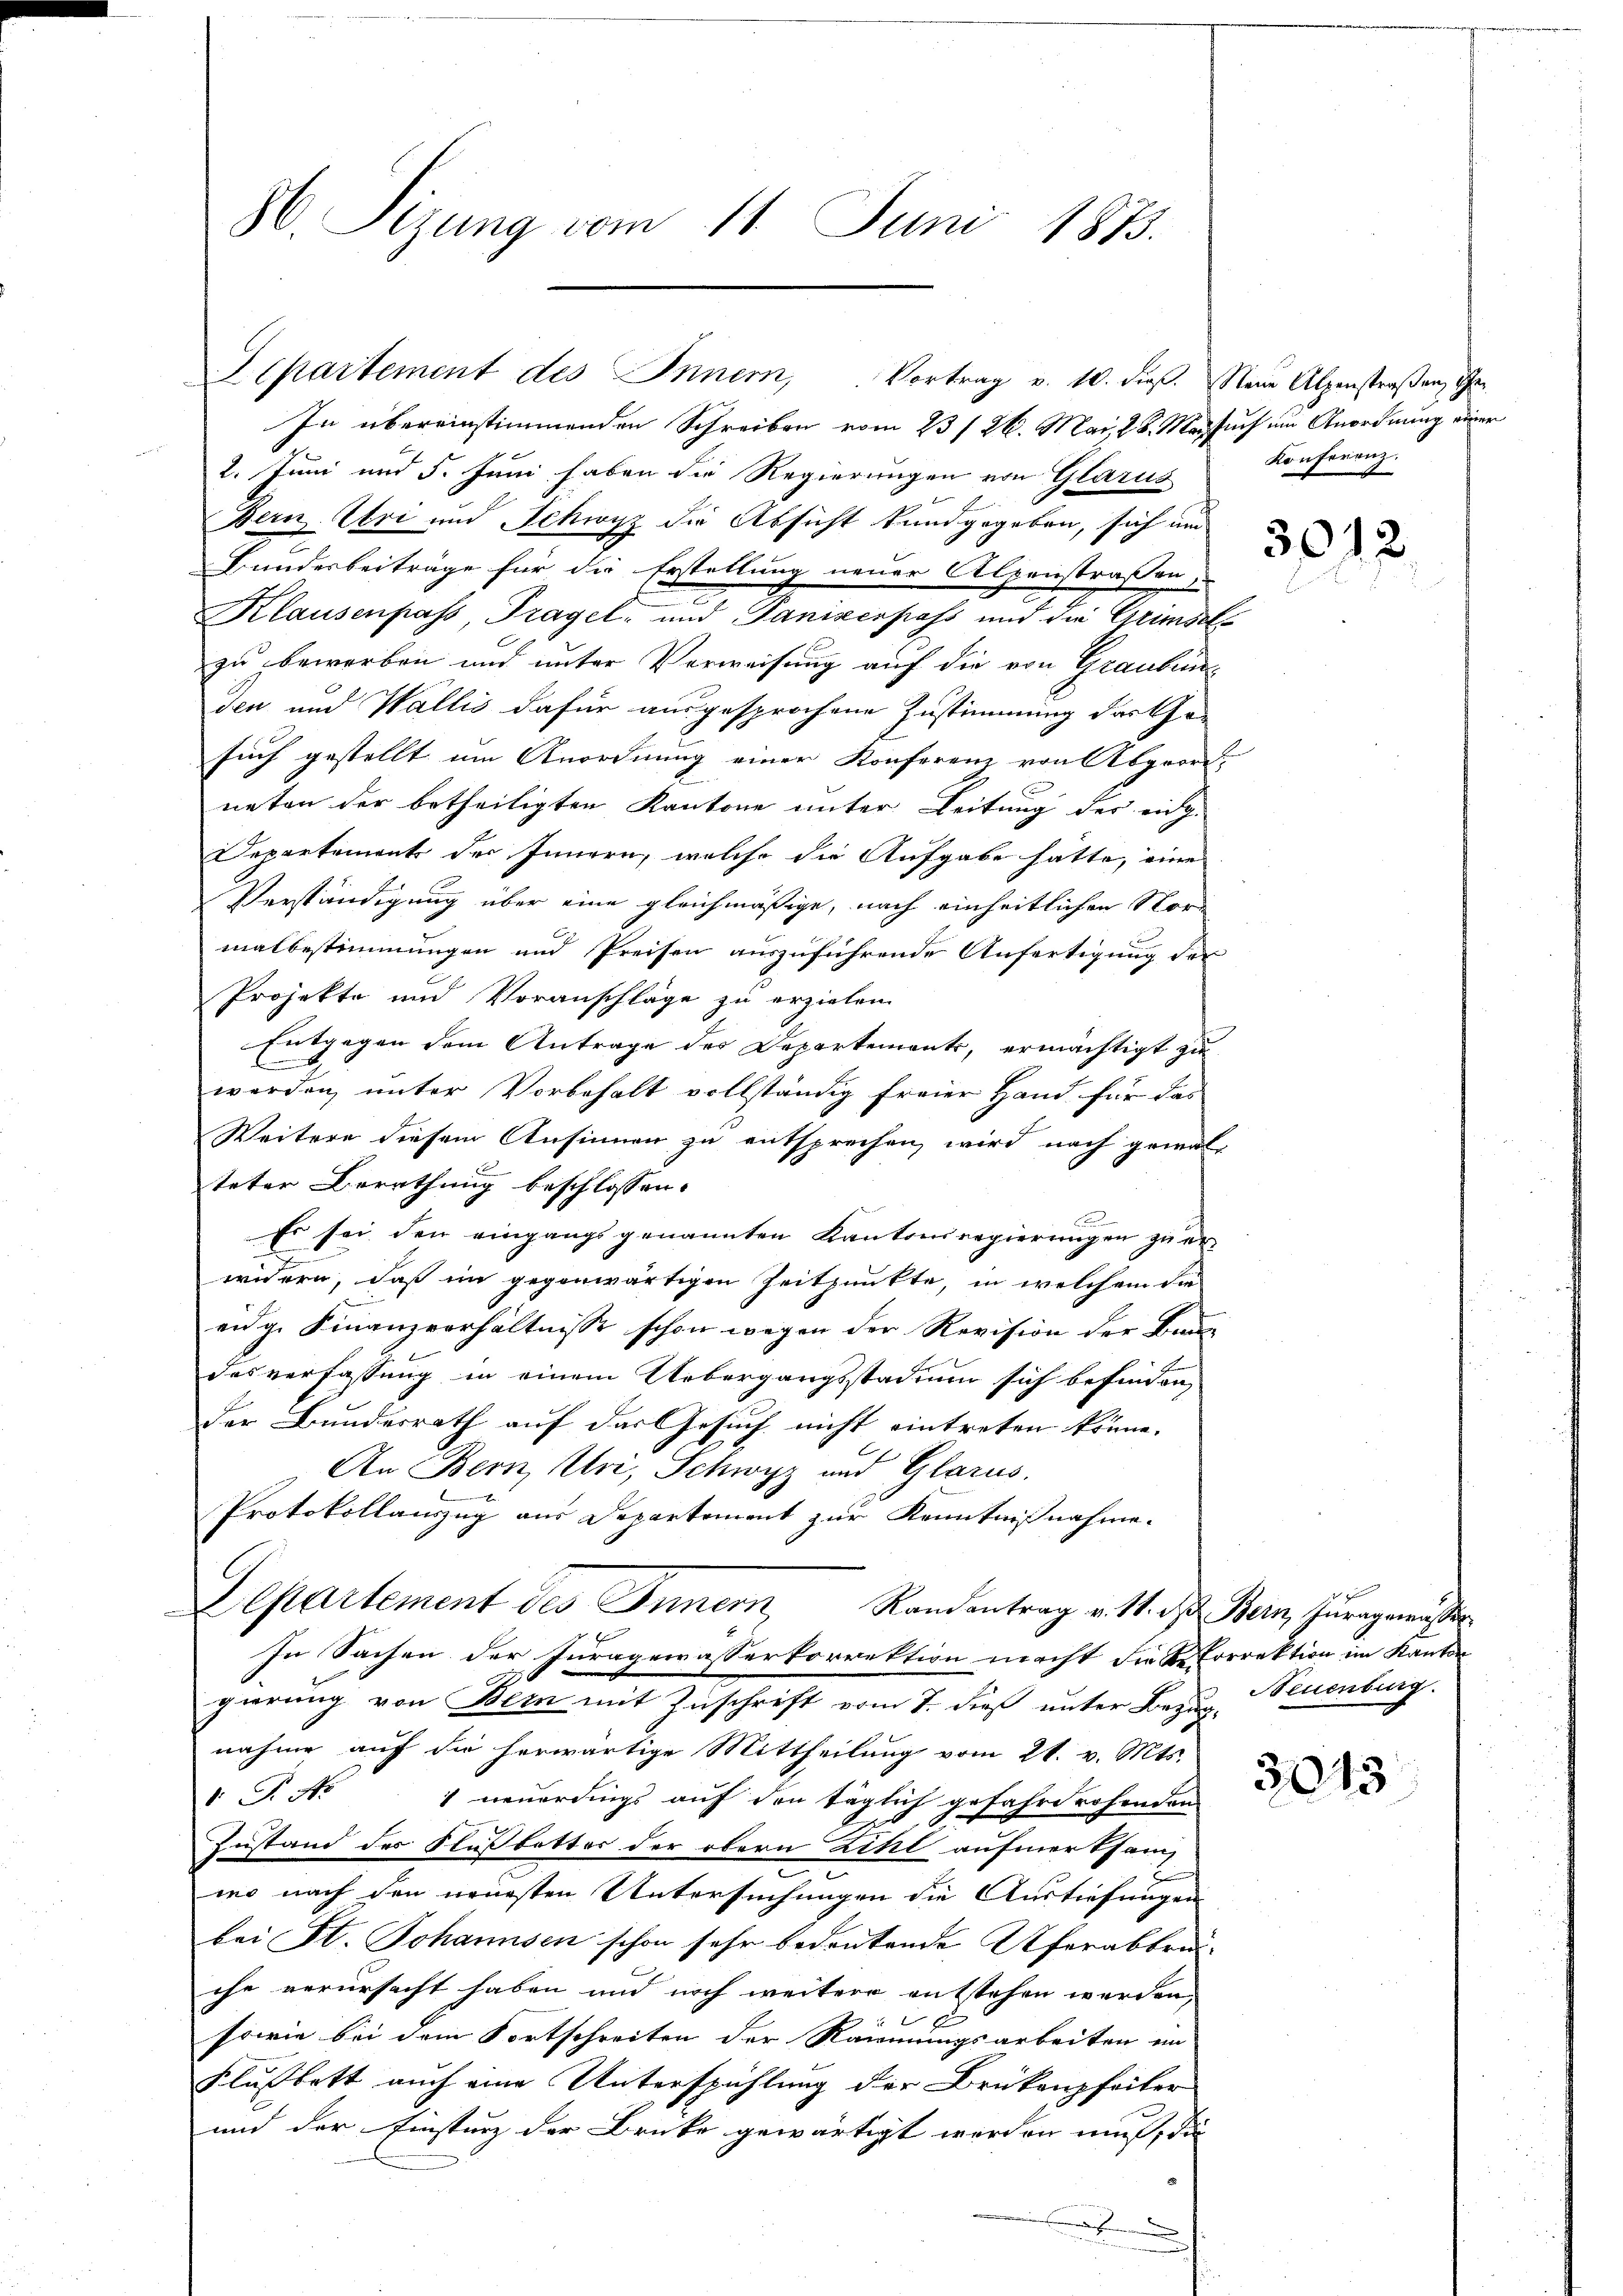
H. Sizung vom 11. Juni 1873.

Separtement des Innern, Vortrag v. 10. dieβ. Neue Alpenstraßen, ihr

In übereinstimmenden Schreiben vom 23/26. Mai 28. Marsuch um Anordnung einer
2. Juni und 5. Juni haben die Regierungen von Glarus
Bern Uri und Schwyz die Absicht kundgegeben, sich und
Bunderbeiträge für die Erstellung neuer Alpenstraßen,
Klausenpass, Fragel- und Panizespass und die Gründels
zu bewerben und unter Verweisung auf die von Graubünden und Wallis dafür ausgesprochene Zustimmung das Chosuch gestellt um Anordnung einer Konferenz von Abgeordneten der betheiligten Kantone unter Leitung des eidg.
Departement der Innern, welche die Aufgabe hätte, eine
Verständigung über eine gleichmäßige, nach einheitlichen Nord
malbestimmungen und Preisen auszuführende Anfertigung der
Projekte und Voranschläge zu erzielen.
Entgegen dem Antrage des Departements, ermächtigt zu
werden, unter Vorbehalt vollständig freier Hand für das
Weitere diesem Ansinnen zu entsprechen, wird nach gemals
teter Berathung beschlossen:
Es sei den eingangs genannten Kantonsregierungen zu er-
widern, daß im gegenwärtigen Zeitpunkte, in welchem die
eidg. Finanzverhältnisse schon wegen der Revision der Bau
desverfassung in einem Uebergangsstadiun sich befinden,
der Bundesrath auf das Gesuch nicht eintreten könne.
An Bern, Uri, Schwyz und Glarus.
Protokollauszug aus Departement zur Kenntnißnahme.
Departement des Innern Randantrag v. M. das Bern, Juragenster
In Sachen der Juragewässerkorrektion macht die K. Correktion im Kanton
gierung von Bern mit Zuschrift vom 7. dieß unter Bezug Neuenburg.
nahme auf die herwärtige Mittheilung vom 21. v. Mts.
1. P. No
1 neuerdings auf den täglich gefahrdrohenden
Zustand des Flußbetter der obern Zihl aufmerksam
mo nach den neuesten Untersuchungen die Austiefungen
bei St. Johannsen schon sehr bedeutende Uferabbruc
che verursacht haben und noch weitere entstehen werden,
 15
sowie bei dem Fortschreiten der Räumungsarbeiten im
Flußbett auch eine Unterspühlung der Brükenpfeiler
und der Einsturz der Brücke gewärtigt werden mir, die
a

Konferenz.

3012.

3043